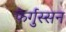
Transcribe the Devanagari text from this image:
फेर्गुस्सन